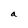
Character: a